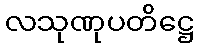
လသုဏုပတိဋ္ဌေ